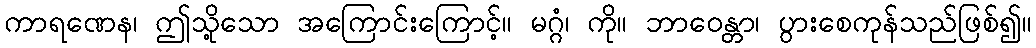
ကာရဏေန၊ ဤသို့သော အကြောင်းကြောင့်။ မဂ္ဂံ၊ ကို။ ဘာဝေန္တာ၊ ပွားစေကုန်သည်ဖြစ်၍။